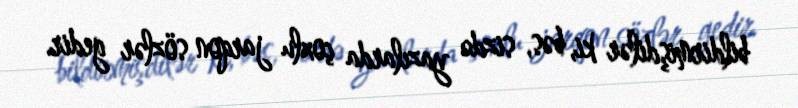
bildirmişdilər ki, bəs, sizdə yazılarda çoxlu jarqon sözlər gedir.